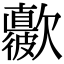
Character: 𣤳